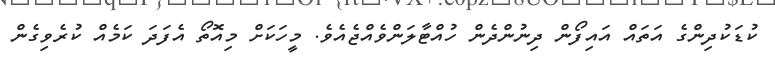
ކުޑަކުދިންގެ އަތައް އައިފޯން ދިނުންދެން ހުއްޓާލަންވެއްޖެއެވެ. މީހަކަށް މިއޮތޯ އެފަދަ ކަމެއް ކުރެވިގެން